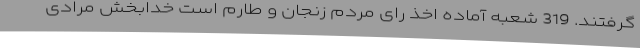
گرفتند. 319 شعبه آماده اخذ رای مردم زنجان و طارم است خدابخش مرادی